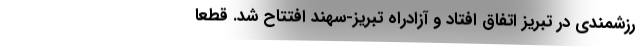
رزشمندی در تبریز اتفاق افتاد و آزادراه تبریز-سهند افتتاح شد. قطعاً